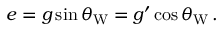
e = g \sin \theta _ { \mathrm { W } } = g ^ { \prime } \cos \theta _ { \mathrm { W } } \, .